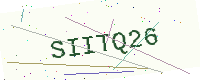
Text: SIITQ26